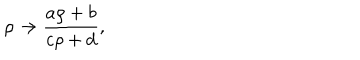
\rho \rightarrow \frac { a \rho + b } { c \rho + d } ,